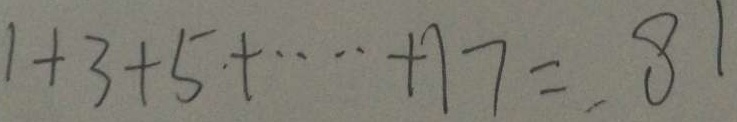
1 + 3 + 5 + \cdots + 1 7 = 8 1